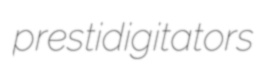
prestidigitators